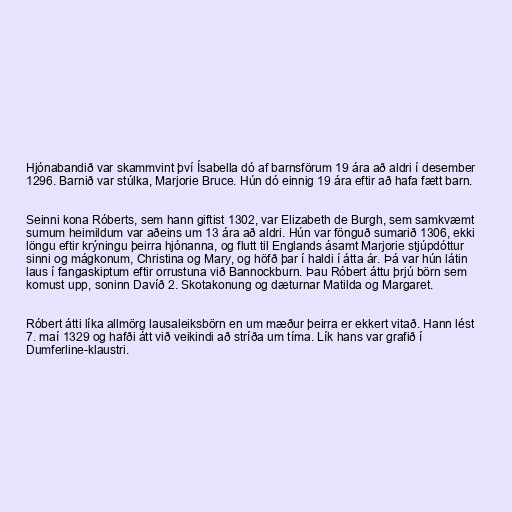
Hjónabandið var skammvint því Ísabella dó af barnsförum 19 ára að aldri í desember
1296. Barnið var stúlka, Marjorie Bruce. Hún dó einnig 19 ára eftir að hafa fætt barn.

Seinni kona Róberts, sem hann giftist 1302, var Elizabeth de Burgh, sem samkvæmt
sumum heimildum var aðeins um 13 ára að aldri. Hún var fönguð sumarið 1306, ekki
löngu eftir krýningu þeirra hjónanna, og flutt til Englands ásamt Marjorie stjúpdóttur
sinni og mágkonum, Christina og Mary, og höfð þar í haldi í átta ár. Þá var hún látin
laus í fangaskiptum eftir orrustuna við Bannockburn. Þau Róbert áttu þrjú börn sem
komust upp, soninn Davíð 2. Skotakonung og dæturnar Matilda og Margaret.

Róbert átti líka allmörg lausaleiksbörn en um mæður þeirra er ekkert vitað. Hann lést
7. maí 1329 og hafði átt við veikindi að stríða um tíma. Lík hans var grafið í
Dumferline-klaustri.